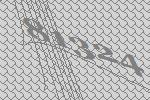
81324